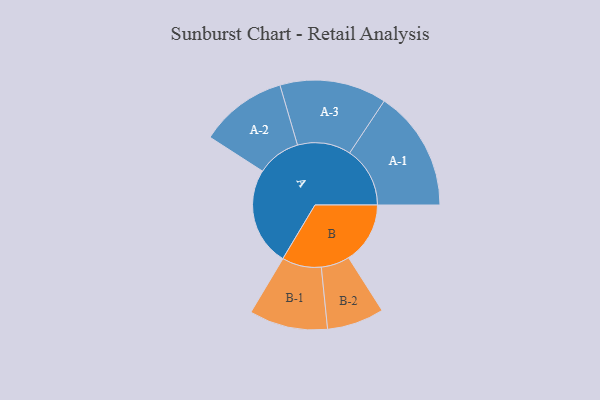
{"axis": {"x": "Segment", "y": "Value"}, "legend": ["", "A", "B"], "data": [{"x": "A", "y": 486, "type": ""}, {"x": "B", "y": 304, "type": ""}, {"x": "A-1", "y": 298, "type": "A"}, {"x": "A-2", "y": 216, "type": "A"}, {"x": "A-3", "y": 264, "type": "A"}, {"x": "B-1", "y": 194, "type": "B"}, {"x": "B-2", "y": 141, "type": "B"}]}